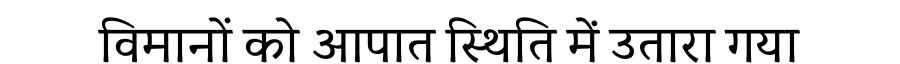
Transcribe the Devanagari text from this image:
विमानों को आपात स्थिति में उतारा गया